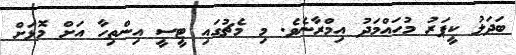
ބަދަލު ކީޕަރު މުހައްމަދު އިމްރާނެވެ. މި މެޗުގައި ޓީސީ އިންތިހާ އަށް މޮޅަށް